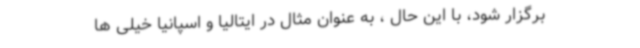
برگزار شود، با این حال ، به عنوان مثال در ایتالیا و اسپانیا خیلی ها